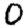
Digit: 0